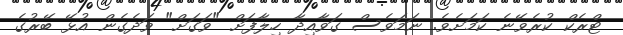
ޓްރެކް ކުރެވޭނެ ކަމަށެވެ. ނަމަވެސް ގަވާއިދާ ހިލާފަށް "ވަގަށް" ވަދެގެން އުޅޭ ބޭރުގެ